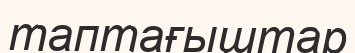
таптағыштар